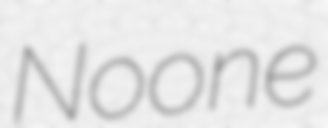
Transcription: Noone